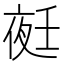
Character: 𭐺